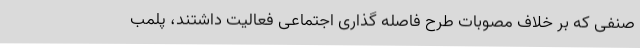
صنفی که بر خلاف مصوبات طرح فاصله گذاری اجتماعی فعالیت داشتند، پلمب